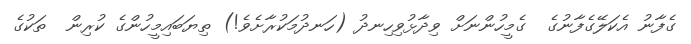
ގެފާނު އެކަލޭގެފާނުގެ  ގެމީހުންނަށް ވިދާޅުވިހިނދު (ހަނދުމަކުރާށެވެ!) ތިޔަބައިމީހުންގެ ކުރިން  ތަކުގެ